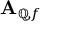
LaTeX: \mathbf { A } _ { \mathbb { Q } , f }